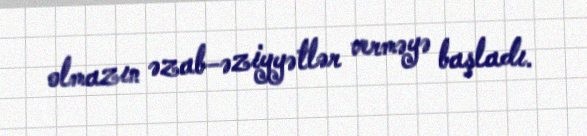
olmazın əzab-əziyyətlər verməyə başladı.